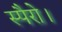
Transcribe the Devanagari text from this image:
स्पैरो।